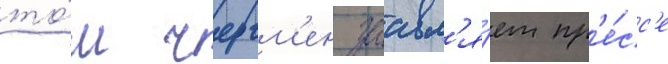
то́м черчм'ен заавл'я́ет пр'е́сс'е